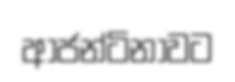
ආජන්ටිනාවට